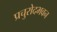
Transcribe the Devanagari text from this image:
प्रचुरोदभवन